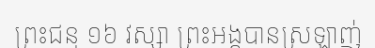
ព្រះជន្ម ១៦ វស្សា ព្រះអង្គបានស្រឡាញ់